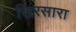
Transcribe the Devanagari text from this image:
खिरसारा